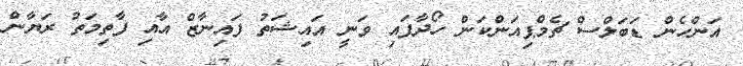
އަންހެން ޑަބަލްސް ޗެމްޕިއަންކަން ހޯދާފައި ވަނީ އައިޝަތު ފައިނާޒް އާއި ފާތިމަތު ރަޔާން